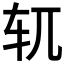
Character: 𫐄